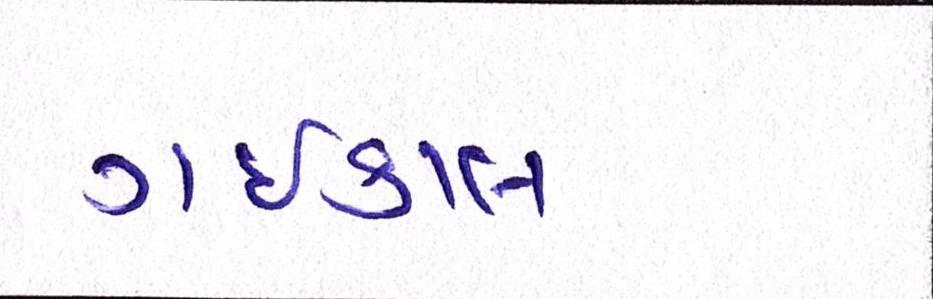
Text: ગઇકાલ